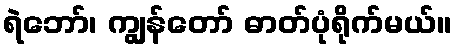
ရဲဘော်၊ ကျွန်တော် ဓာတ်ပုံရိုက်မယ်။